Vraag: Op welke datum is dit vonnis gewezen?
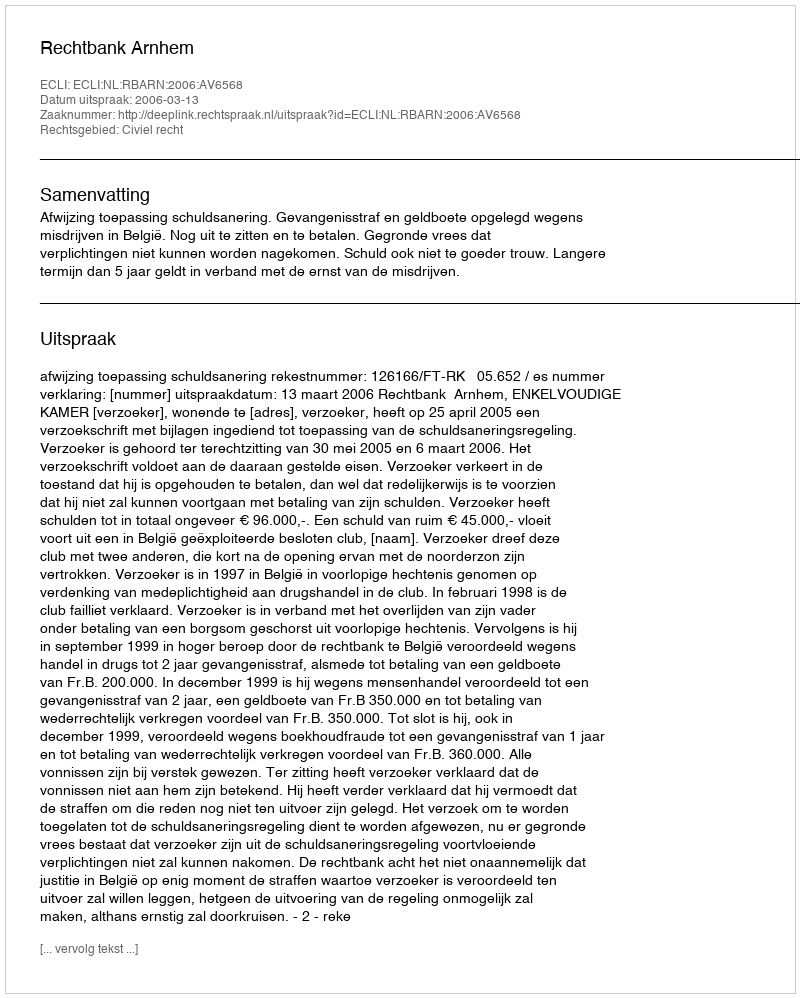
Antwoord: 2006-03-13